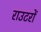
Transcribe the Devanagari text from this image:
राउटरों